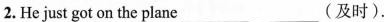
2. He just got on the plane___ ___(及时).